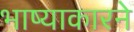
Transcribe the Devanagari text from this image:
भाष्याकारने